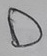
Text: D